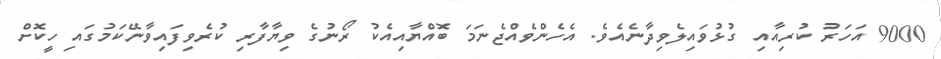
9000 އަހަރު ކުރިއާއި ގުޅުވައިލެވިދާނެއެވެ. އެހެންވެއްޖެނަމަ ބޮއްޔާއިއެކު ރޯނުގެ ވިޔާފާރި ކުރެވިފައިވާނޭކަމުގައި ހީކޮށް